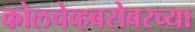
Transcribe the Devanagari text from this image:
कोलचेव्हबरोबरच्या